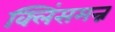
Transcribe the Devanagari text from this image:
क्लिंसमन्न